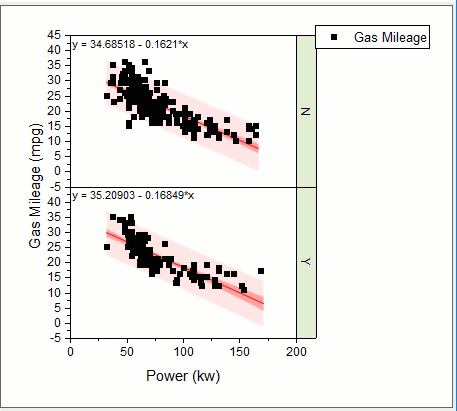
originLab, graph maker app, scatter plot, grouped, fitted curve, confidence bands, prediciton bands, equation